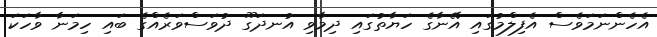
އެހެންނަމަވެސް އެފިލްމުގައި އޭނާގެ ހަޔާތުގައި ދިމާވި އުނދަގޫ ދުވަސްވަރެއްގެ ބައި ހިމަނާ ވާހަކަ